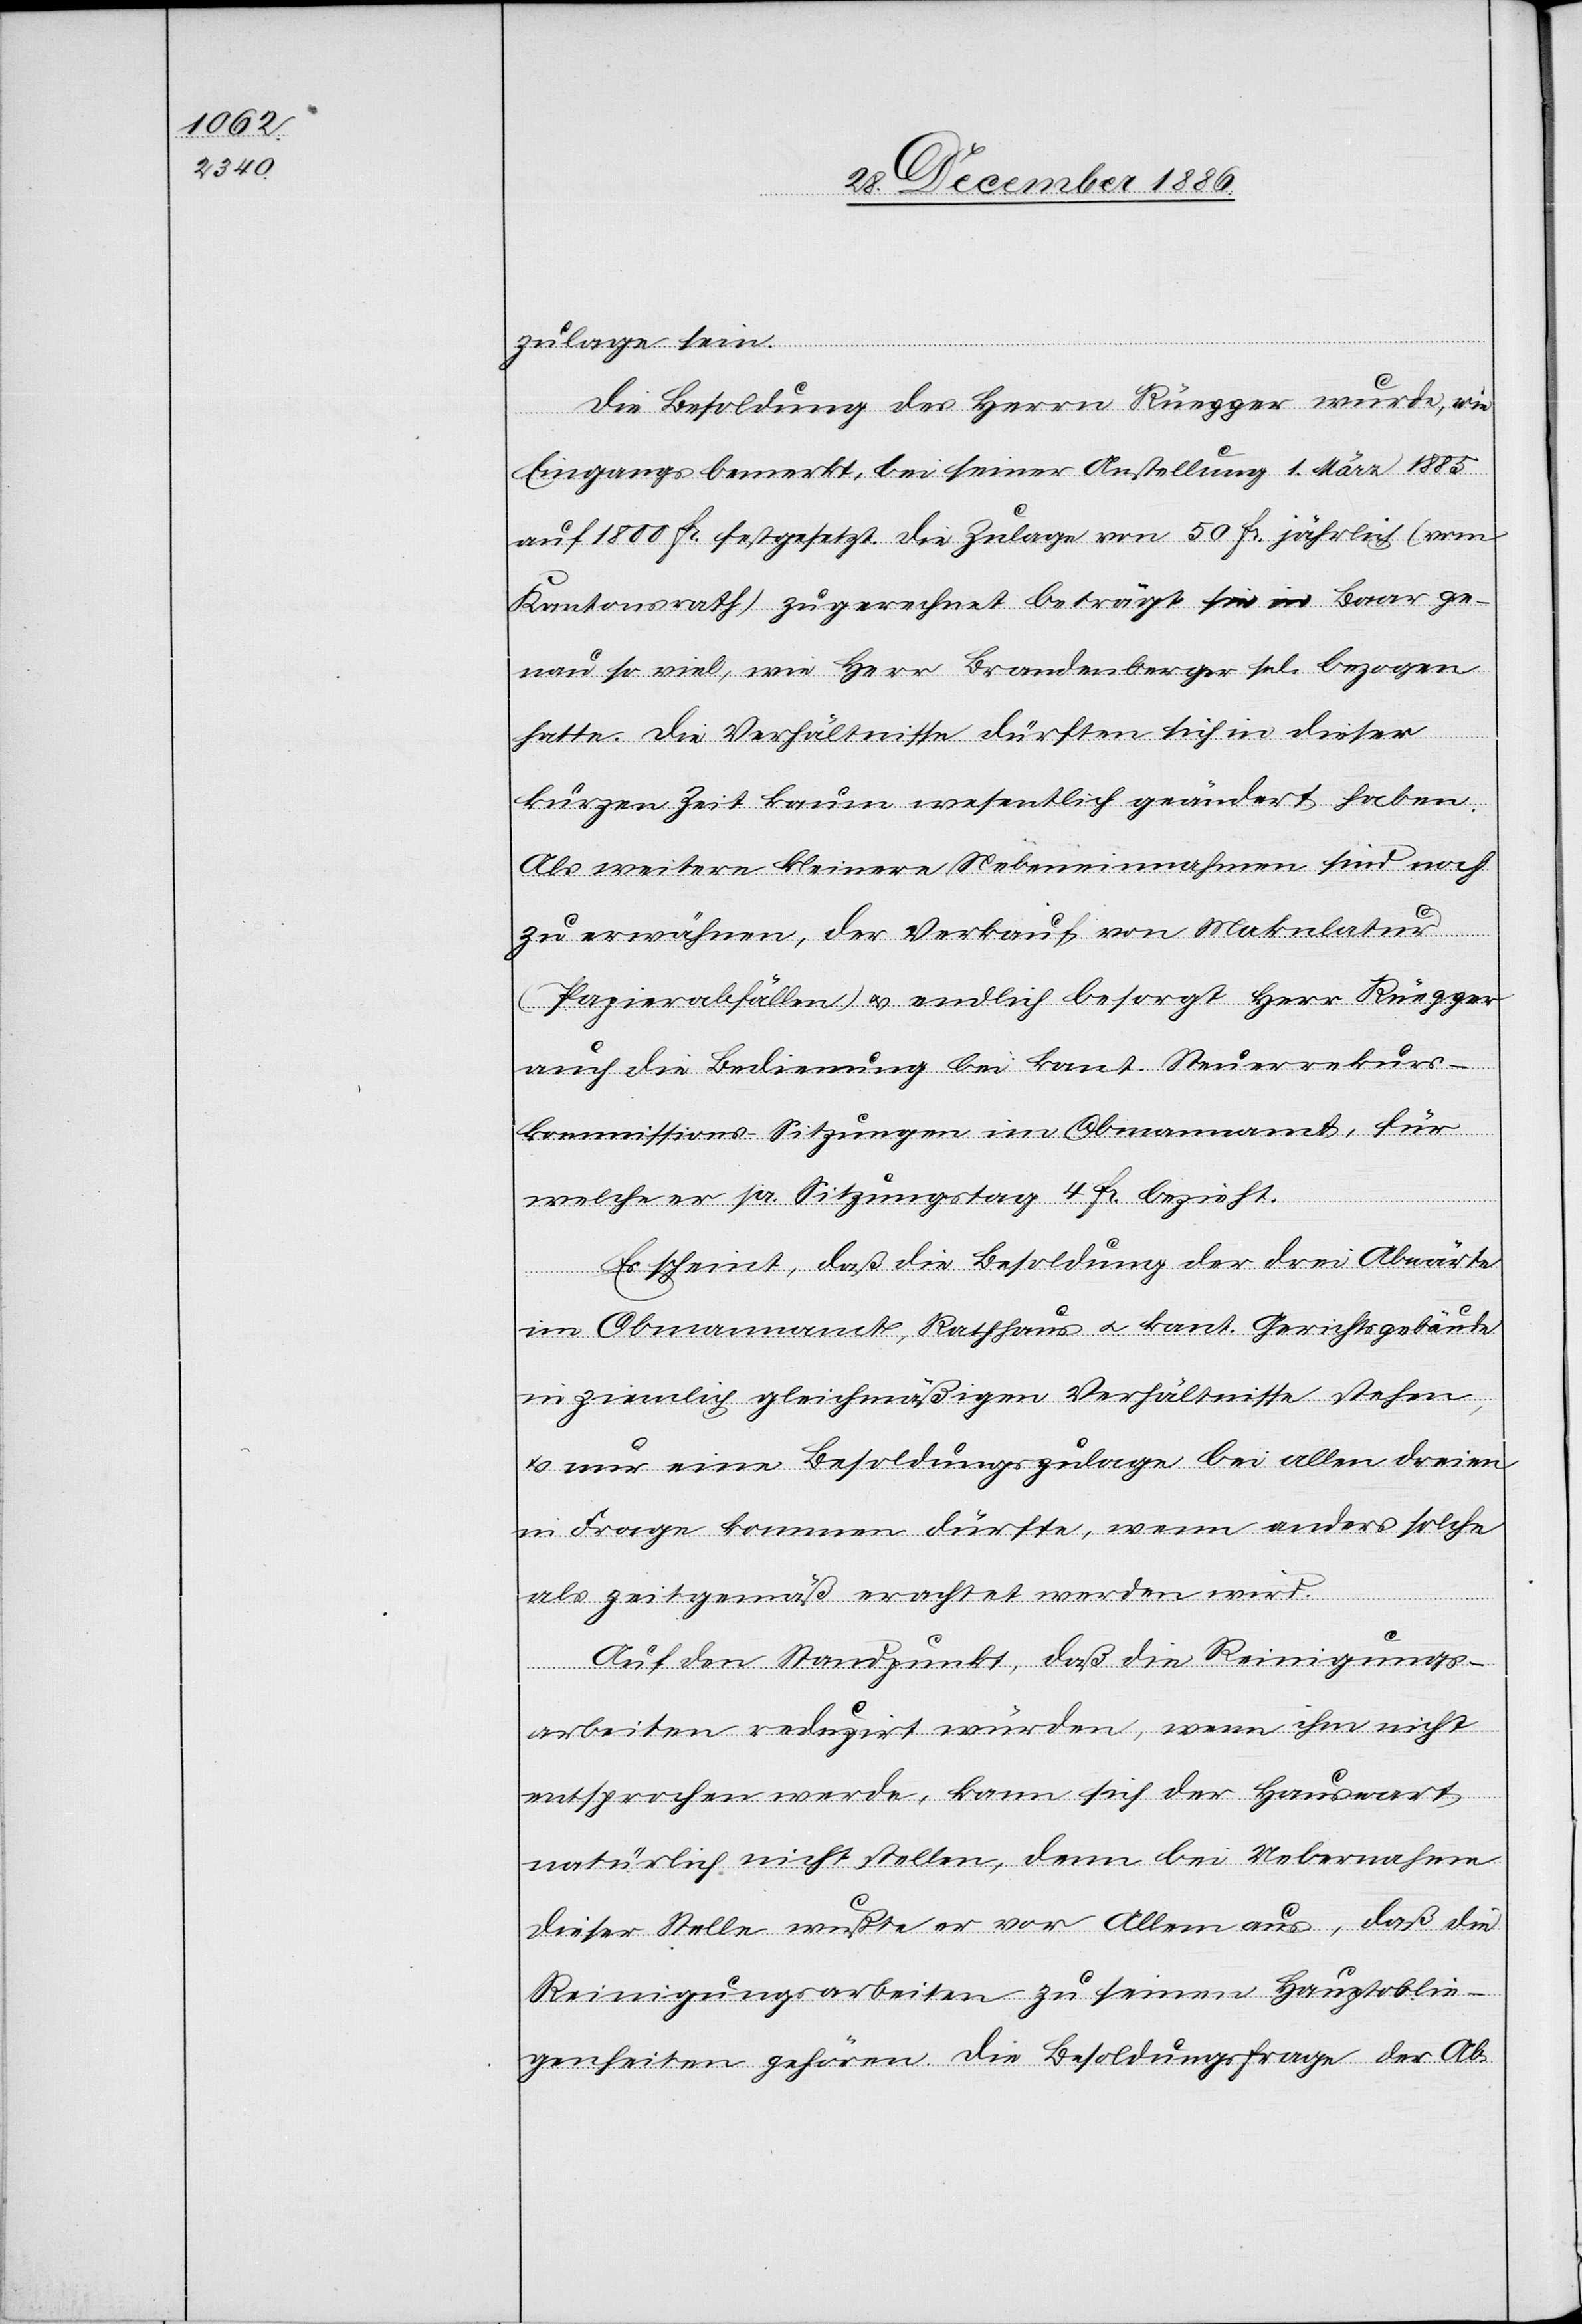
zulage sein.
Die Besoldung des Herrn Rüegger wurde, wie
Eingangs bemerkt, bei seiner Anstellung [am] 1. März 1885
auf 1800 Fr. festgesetzt. Die Zulage von 50 Fr. jährlich (vom
Kantonsrath) zugerechnet beträgt sie in Baar ge¬
nau so viel, wie Herr Brandenberger sel. bezogen
hatte. Die Verhältnisse dürften sich in dieser
kurzen Zeit kaum wesentlich geändert haben.
Als weitere kleinere Nebeneinnahmen sind noch
zu erwähnen, der Verkauf von Makulatur
(Papierabfällen) & endlich besorgt Herr Rüegger
auch die Bedienung bei kant. Steuerrekurs¬
kommissions-Sitzungen im Obmannamt, für
welche er pr. Sitzungstag 4 Fr. bezieht.
Es scheint, daß die Besoldung der drei Abwärte
im Obmannamt, Rathhaus & kant. Gerichtsgebäude
in ziemlich gleichmäßigen Verhältnisse stehen,
& nur eine Besoldungszulage bei allen dreien
in Frage kommen dürfte, wenn anders solche
als zeitgemäß erachtet werden wird.
Auf den Standpunkt, daß die Reinigungs¬
arbeiten reduzirt würden, wenn ihm nicht
entsprochen werde, kann sich der Hauswart
natürlich nicht stellen, denn bei Uebernahme
dieser Stelle wußte er vor Allem aus, daß die
Reinigungsarbeiten zu seinen Hauptoblie¬
genheiten gehören. Die Besoldungsfrage der Ab-